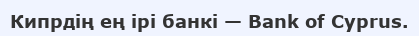
Кипрдің ең ірі банкі — Bank of Cyprus.